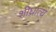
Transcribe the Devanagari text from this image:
शीघ्रांत्य